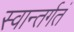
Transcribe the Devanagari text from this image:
स्वान्तर्गतं